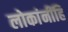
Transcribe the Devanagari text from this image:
लोकांनींहि